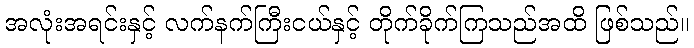
အလုံးအရင်းနှင့် လက်နက်ကြီးငယ်နှင့် တိုက်ခိုက်ကြသည်အထိ ဖြစ်သည်။